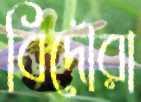
বিদৌরা